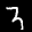
Label: 3